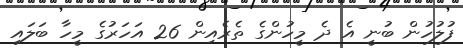
ފުލުހުން ބުނީ އެ ދެ މީހުންގެ ތެރެއިން 26 އަހަރުގެ މީހާ ބަލައި